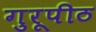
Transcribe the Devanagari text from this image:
गुरूपीठ